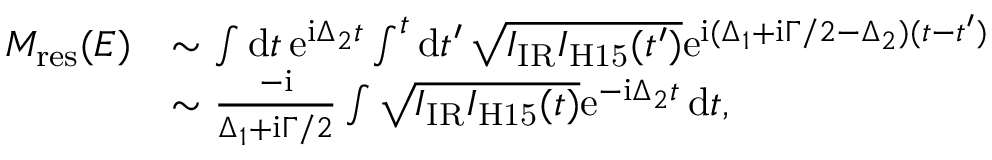
\begin{array} { r l } { M _ { \mathrm { { r e s } } } ( E ) } & { \sim \int \mathrm d t \, \mathrm e ^ { \mathrm i \Delta _ { 2 } t } \int ^ { t } \mathrm d t ^ { \prime } \, \sqrt { I _ { \mathrm { I R } } I _ { \mathrm { H 1 5 } } ( t ^ { \prime } ) } \mathrm e ^ { \mathrm i ( \Delta _ { 1 } + \mathrm i \Gamma / 2 - \Delta _ { 2 } ) ( t - t ^ { \prime } ) } } \\ & { \sim \frac { - \mathrm i } { \Delta _ { 1 } + \mathrm i \Gamma / 2 } \int \sqrt { I _ { \mathrm { I R } } I _ { \mathrm { H 1 5 } } ( t ) } \mathrm e ^ { - \mathrm i \Delta _ { 2 } t } \, \mathrm d t , } \end{array}